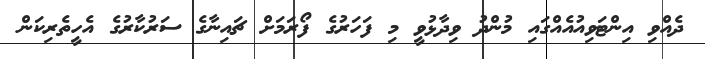
ދެއްވި އިންޓަވިއުއެއްގައި މުންދު ވިދާޅުވީ މި ފަހަރުގެ ފޯރަމަށް ޗައިނާގެ ސަރުކާރުގެ އެހީތެރިކަން